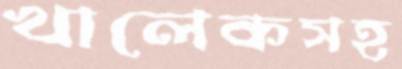
খালেকসহ